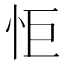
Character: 怇